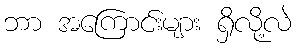
ဘာ အကြောင်းများ ရှိလို့လဲ